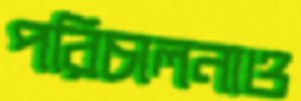
পরিচালনাও